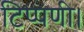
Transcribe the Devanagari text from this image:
टिप्पणी।